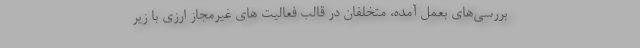
بررسی‌های بعمل آمده، متخلفان در قالب فعالیت‌ های غیرمجاز ارزی با زیر